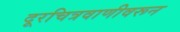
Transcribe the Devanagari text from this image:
दूरचित्रवाणीवरून